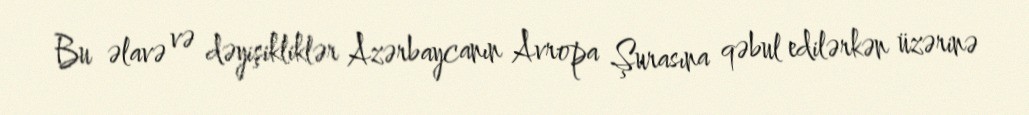
Bu əlavə və dəyişikliklər Azərbaycanın Avropa Şurasına qəbul edilərkən üzərinə